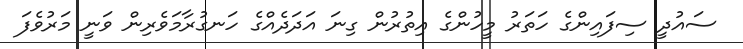
ސައުދީ ސިފައިންގެ ހަތަރު މީހުންގެ އިތުރުން ގިނަ އަދަދެއްގެ ހަނގުރާމަވެރިން ވަނީ މަރުވެފަ